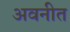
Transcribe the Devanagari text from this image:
अवनीत